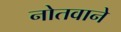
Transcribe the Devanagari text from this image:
नोतवाने